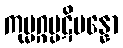
ကုမ္မဂ္ဂပ္ပဋိပန္နော